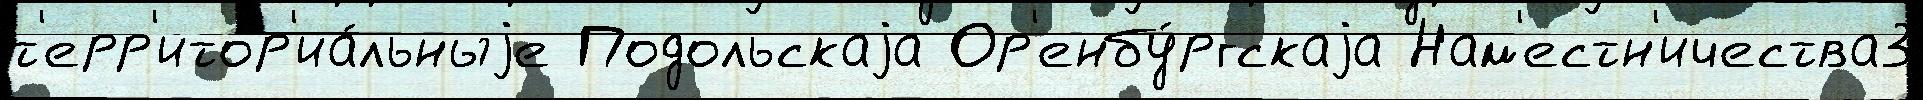
т'ерр'итор'иа́льныjе Подольскаjа Ор'енбу́ргскаjа Нам'естн'ичества3